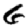
Digit: 6